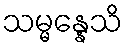
သမ္မန္နေသိ